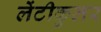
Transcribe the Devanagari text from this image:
लेंटीकुलर